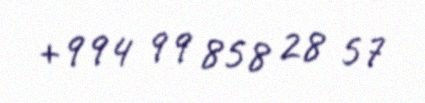
+994 99 858 28 57